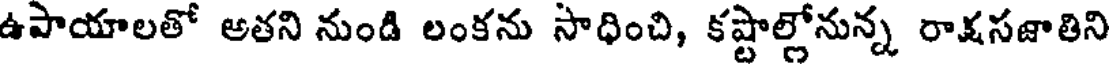
ఉపాయాలతో అతని నుండి లంకను సాధించి, కష్టాల్లోనున్న రాక్షసజాతిని